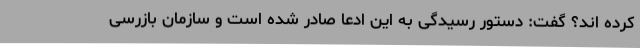
کرده اند؟ گفت: دستور رسیدگی به این ادعا صادر شده است و سازمان بازرسی